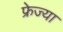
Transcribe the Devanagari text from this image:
फ्रेज्या